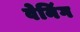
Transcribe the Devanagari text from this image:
वेनिंग